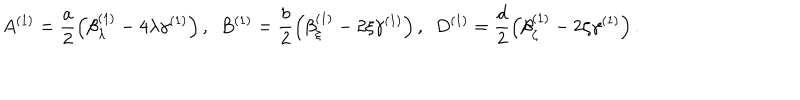
A ^ { ( 1 ) } = \frac { a } { 2 } \left( \beta _ { \lambda } ^ { ( 1 ) } - 4 \lambda \gamma ^ { ( 1 ) } \right) , \ \ B ^ { ( 1 ) } = \frac { b } { 2 } \left( \beta _ { \xi } ^ { ( 1 ) } - 2 \xi \gamma ^ { ( 1 ) } \right) , \ \ D ^ { ( 1 ) } = \frac { d } { 2 } \left( \beta _ { \zeta } ^ { ( 1 ) } - 2 \zeta \gamma ^ { ( 1 ) } \right) .